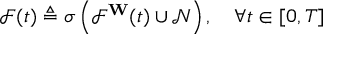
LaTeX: { \mathcal { F } } ( t ) \triangleq \sigma \left( { \mathcal { F } } ^ { \mathbf { W } } ( t ) \cup { \mathcal { N } } \right) , \quad \forall t \in [ 0 , T ]